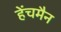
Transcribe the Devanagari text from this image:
हेंचमैन